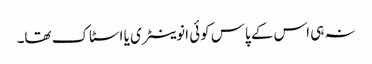
نہ ہی اس کے پاس کوئی انوینٹری یا اسٹاک تھا۔